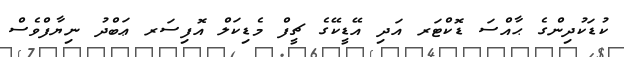
ކުޑަކުދިންގެ ޙާއްސަ ޑޮކްޓަރ އަދި އޭޑީކޭގެ ޗީފް މެޑިކަލް އޮފިސަރ ޢަބްދު ނިޔާފްވެސް